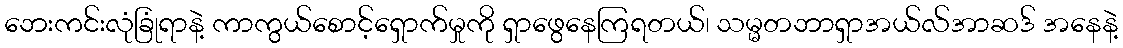
ဘေးကင်းလုံခြုံရာနဲ့ ကာကွယ်စောင့်ရှောက်မှုကို ရှာဖွေနေကြရတယ်၊ သမ္မတဘာရှာအယ်လ်အာဆဒ် အနေနဲ့